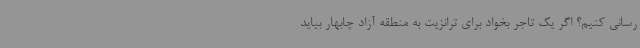
رسانی کنیم؟ اگر یک تاجر بخواد برای ترانزیت به منطقه آزاد چابهار بیاید